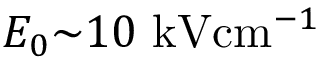
E _ { 0 } { \sim } 1 0 \ensuremath { ~ \mathrm { k V } \mathrm { c m } ^ { - 1 } }